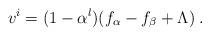
LaTeX: \begin{align*}v^i=(1-\alpha^l)(f_\alpha - f_\beta +\Lambda)\;.\end{align*}